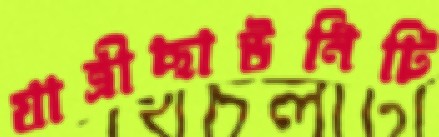
যাত্রীছাউনিটি